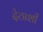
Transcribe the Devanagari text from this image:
देठाशी